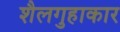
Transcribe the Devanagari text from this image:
शैलगुहाकार